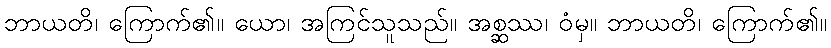
ဘာယတိ၊ ကြောက်၏။ ယော၊ အကြင်သူသည်။ အစ္ဆဿ၊ ဝံမှ။ ဘာယတိ၊ ကြောက်၏။